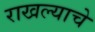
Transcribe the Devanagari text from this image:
राखल्याचे